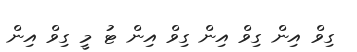
ގިވް އިން ގިވް އިން ގިވް އިން ޓު މީ ގިވް އިން